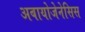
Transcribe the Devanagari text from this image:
अबायोजेनेसिस